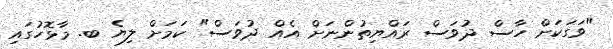
"ވަގަކަށް ހާސް ދުވަސް ރައްޔިތުންނަށް އެއް ދުވަސް" ކަމަށް ލިޔެ ބ. މާޅޮހުގައި